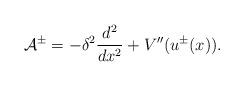
LaTeX: \begin{align*}\mathcal{A}^\pm = -\delta^2\frac{d^2}{dx^2} + V''(u^\pm(x)).\end{align*}